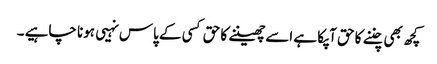
کچھ بھی چننے کا حق آپکا ہے اسےچھیننے کا حق کسی کے پاس نہیی ہونا چاہیے ۔